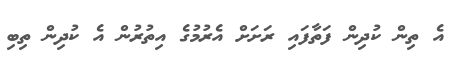
އެ ތިން ކުދިން ފަތާފައި ރަށަށް އެރުމުގެ އިތުރުން އެ ކުދިން ތިބި